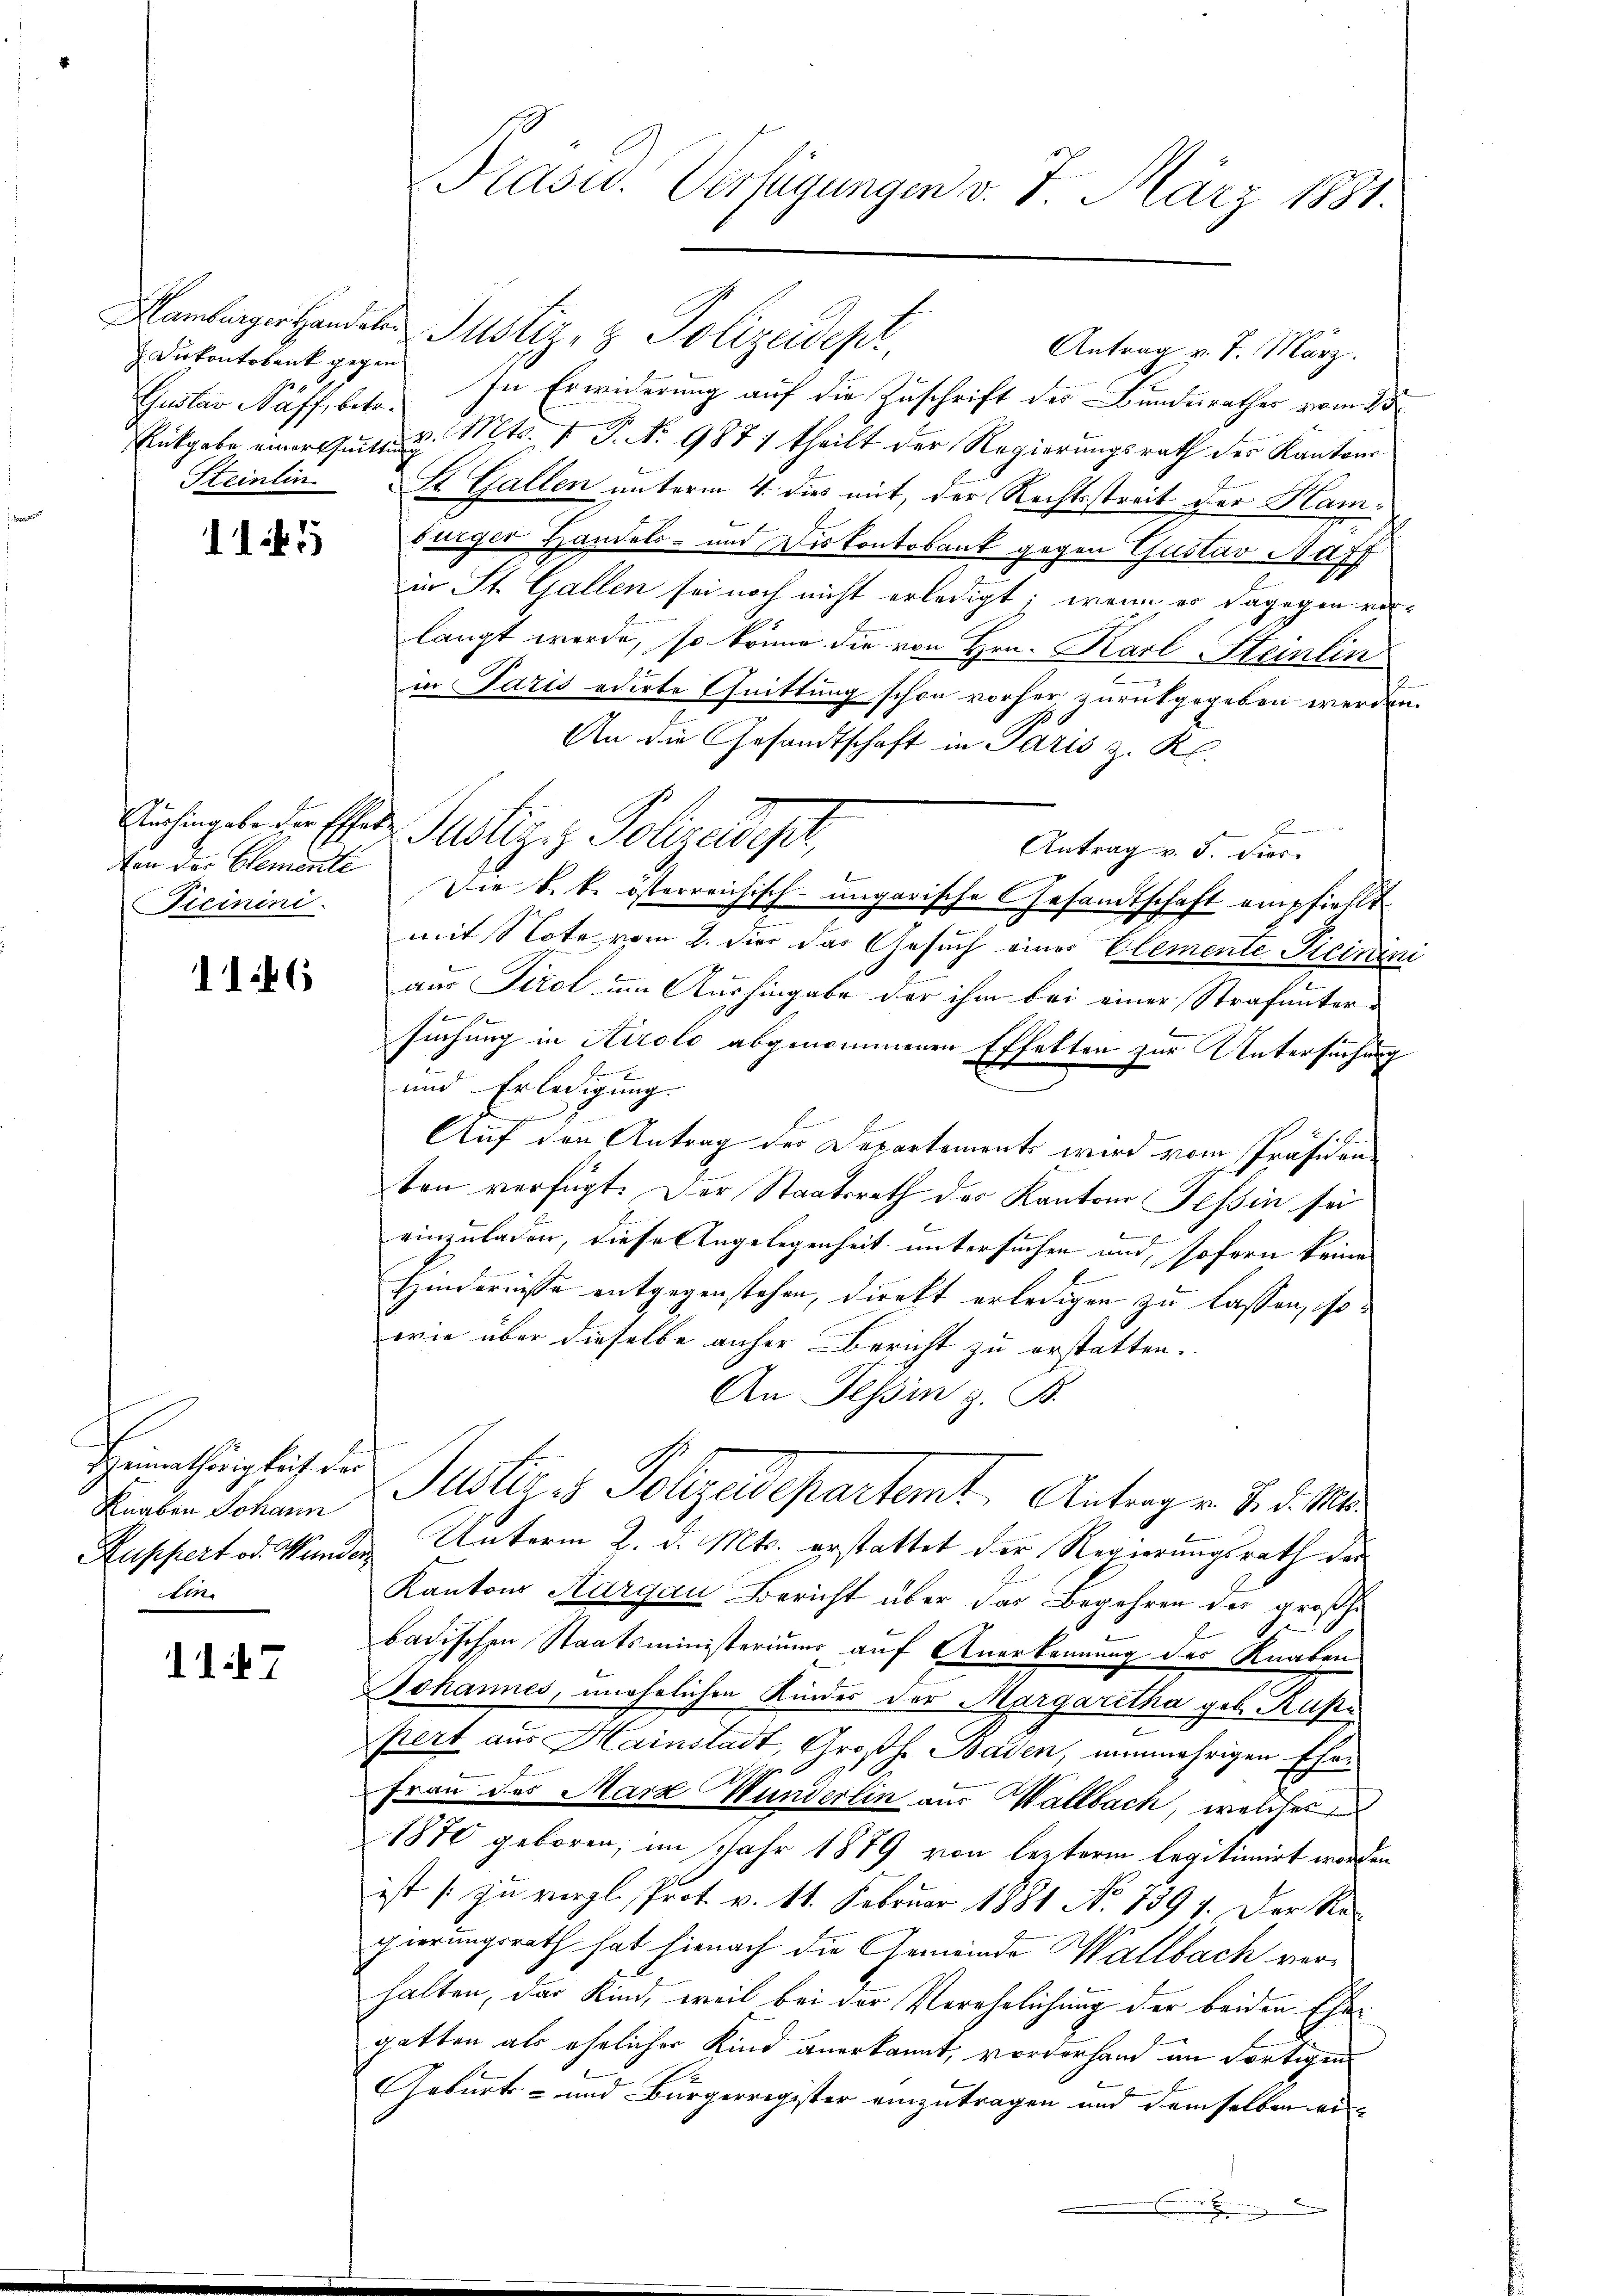
Dirkontobank gegen
Gustav Naff, betr.
Steinlin

1145

Von der Elemente
Ficinini.

1146

Heimathörigkeit der
Knaben Johann
lin

117

Hamburger Handele Justiz- & Polizeidept,
In Erwiderung auf die Zuschrift der Bunderathes vom 3ten
Entgabe einer untend. Mts. v. P. Nr. 987 1 theilt der Regierungsrath der Kantons
St. Gallen unterm 4. dies mit, der Rechtsstreit der Hamsurger Handels- und Diskontobank gegen Gustav Haff
in St. Gallen sei noch nicht erledigt; wenn es dagegen vorlangt werde, so könne die von Hrn. Karl Steinlin
in Paris oderte Quittung schon vorher zurückgegeben werden.
An die Gesandtschaft in Paris z. K.
Antrag v. J. hier.
Die k. k. österreichisch-ungarische Gesandtschaft empfiehlt
mit Note vom 2. dies das Gesuch eines Elemente Ticinini
aus Tirol um Aushingabe der ihm bei einer Strafuntersuchung in Airolo abgenommenen Effelten zur Untersuchung
und Erledigung.
E
Auf den Antrag des Departements wird vom Präsidenten verfügt: Der Staatsrath des Kantons Tessin sei
einzuladen, diese Angelegenheit untersuchen und, sofern keine |
Hindernisse entgegenstehen, direkt erledigen zu lassen, so
wie über dieselbe anher Bericht zu erstatten.
An Tessin z. B.
Justiz es Polizeidepartemt Antrag v. 8. d. Mts.
uppert od. Wunder Unterm 2. d. Mts. erstattet der Regierungsrath der
Kantons Aargau Bericht über das Begehren der großhe
badischen Staatsministeriums auf Anerkennung des Knaben
Johannes, unehelichen Kinder der Margaretha geb. Rußi
2
pert aus Hainstadt, Großh. Baden, nunmehrigen Ehe¬
Frau des Marz Wunderlin aus Wallbach, welches
1870 geboren; im Jahr 1889 von lezterm legitimirt worden
ist zu vergl. Prot. v. 11. Februar 1881 No 7391. Der Regierungsrath hat hienach die Gemeinde Wallbach verhalten, das Kind, weil bei der Verehrlichung der beiden Ehe
gatten als ehelicher Kind anerkannt, vorderhand im Fortigen
Geburts- und Bürgerregister einzutragen und demselben er
x

Präsid.. Verfügungen v. 7. März 1881.

Aichingele der Essen Publizis Polizeideser,

Antrag v. 7. März.